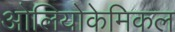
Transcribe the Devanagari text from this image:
ओलियोकेमिकल